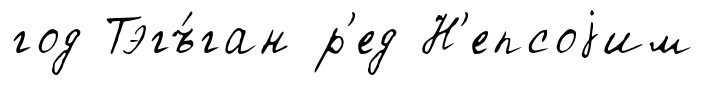
год Тэгъ́ган р'ед Н'епсоjим